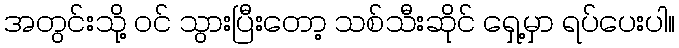
အတွင်းသို့ ဝင် သွားပြီးတော့ သစ်သီးဆိုင် ရှေ့မှာ ရပ်ပေးပါ။